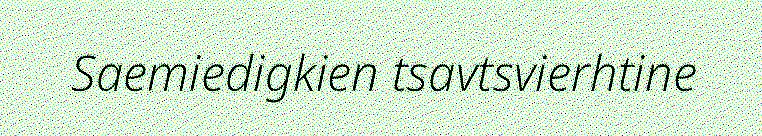
Saemiedigkien tsavtsvierhtine